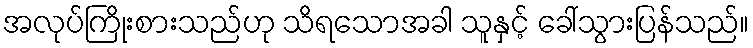
အလုပ်ကြိုးစားသည်ဟု သိရသောအခါ သူနှင့် ခေါ်သွားပြန်သည်။